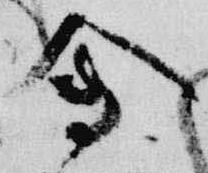
会